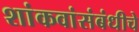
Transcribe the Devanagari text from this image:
शांकवांसंबंधीचे